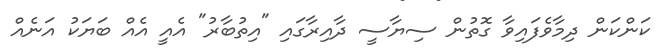
ކަންކަން ދިމާވެފައިވާ ގޮތުން ސިޔާސީ ދާއިރާގައި "އިތުބާރު" އެއީ އެއް ބަޔަކު އަނެއް